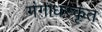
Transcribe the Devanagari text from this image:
गंगाधरकृत